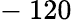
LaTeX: -~120